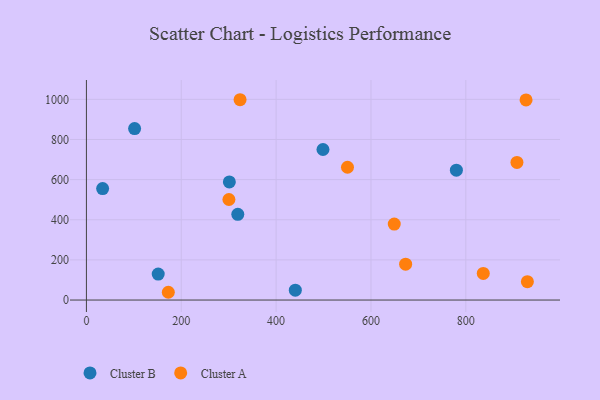
{"axis": {"x": "Study Hours", "y": "Demand"}, "legend": ["Cluster A", "Cluster B"], "data": [{"x": "301.4", "y": 588.6, "type": "Cluster B"}, {"x": "319.2", "y": 427.2, "type": "Cluster B"}, {"x": "101.6", "y": 854.2, "type": "Cluster B"}, {"x": "151.4", "y": 129.4, "type": "Cluster B"}, {"x": "780.1", "y": 647.2, "type": "Cluster B"}, {"x": "498.8", "y": 750.0, "type": "Cluster B"}, {"x": "440.5", "y": 49.3, "type": "Cluster B"}, {"x": "34.2", "y": 555.1, "type": "Cluster B"}, {"x": "927.0", "y": 997.0, "type": "Cluster A"}, {"x": "649.1", "y": 378.4, "type": "Cluster A"}, {"x": "172.7", "y": 38.7, "type": "Cluster A"}, {"x": "673.1", "y": 178.9, "type": "Cluster A"}, {"x": "550.5", "y": 661.7, "type": "Cluster A"}, {"x": "324.0", "y": 998.0, "type": "Cluster A"}, {"x": "836.8", "y": 132.6, "type": "Cluster A"}, {"x": "929.8", "y": 91.7, "type": "Cluster A"}, {"x": "300.5", "y": 500.8, "type": "Cluster A"}, {"x": "907.8", "y": 685.8, "type": "Cluster A"}]}